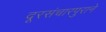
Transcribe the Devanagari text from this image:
दूरसंचारपुराने